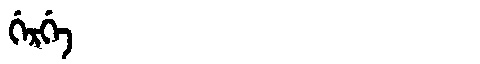
Manchu: ᡤᡝᡵᡤᡝ
Romanization: GERGE